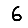
Digit: 6